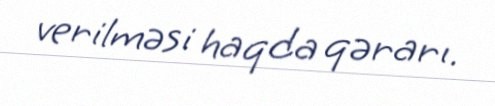
verilməsi haqda qərarı.